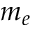
m _ { e }